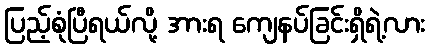
ပြည့်စုံပြီရယ်လို့ အားရ ကျေနပ်ခြင်းရှိရဲ့လား